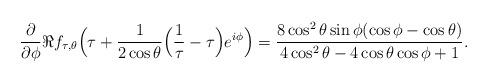
LaTeX: \begin{align*} \frac{\partial}{\partial \phi} \Re{f_{\tau, \theta}\Big(\tau + \frac{1}{2 \cos\theta} \Big(\frac{1}{\tau} - \tau\Big) e^{i\phi}\Big)} &= \frac{8 \cos^{2}\theta \sin\phi (\cos\phi - \cos\theta)}{4\cos^{2}\theta - 4\cos\theta\cos\phi + 1}. \end{align*}